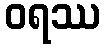
ဝရဿ